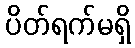
ပိတ်ရက်မရှိ